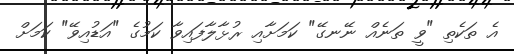
އެ ތަކެތި "ވީ ތަނެއް ނޭނގޭ" ކަމަށާއި ރުޅާލާފައިވާ ކަމުގެ "އަޑުއިވޭ" ކަމަށް